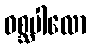
ဝစ္ဆပါလော